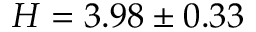
H = 3 . 9 8 \pm 0 . 3 3